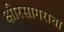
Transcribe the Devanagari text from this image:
क्षीरसागराचा